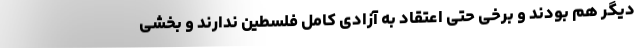
دیگر هم بودند و برخی حتی اعتقاد به آزادی کامل فلسطین ندارند و بخشی